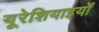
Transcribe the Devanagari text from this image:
यूरेशियाइयों